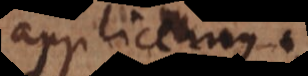
applicemus.